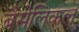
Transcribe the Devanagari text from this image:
बैसेलिकल